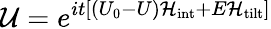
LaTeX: {\mathcal{U}}=e^{it\left[(U_{0}-U){\mathcal{H}}_{\textrm{int}}+E{\mathcal{H}}_{\textrm{tilt}}\right]}